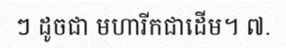
ៗ ដូចជា មហារីកជាដើម។ ៧.